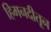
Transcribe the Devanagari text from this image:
हिमनदीतून